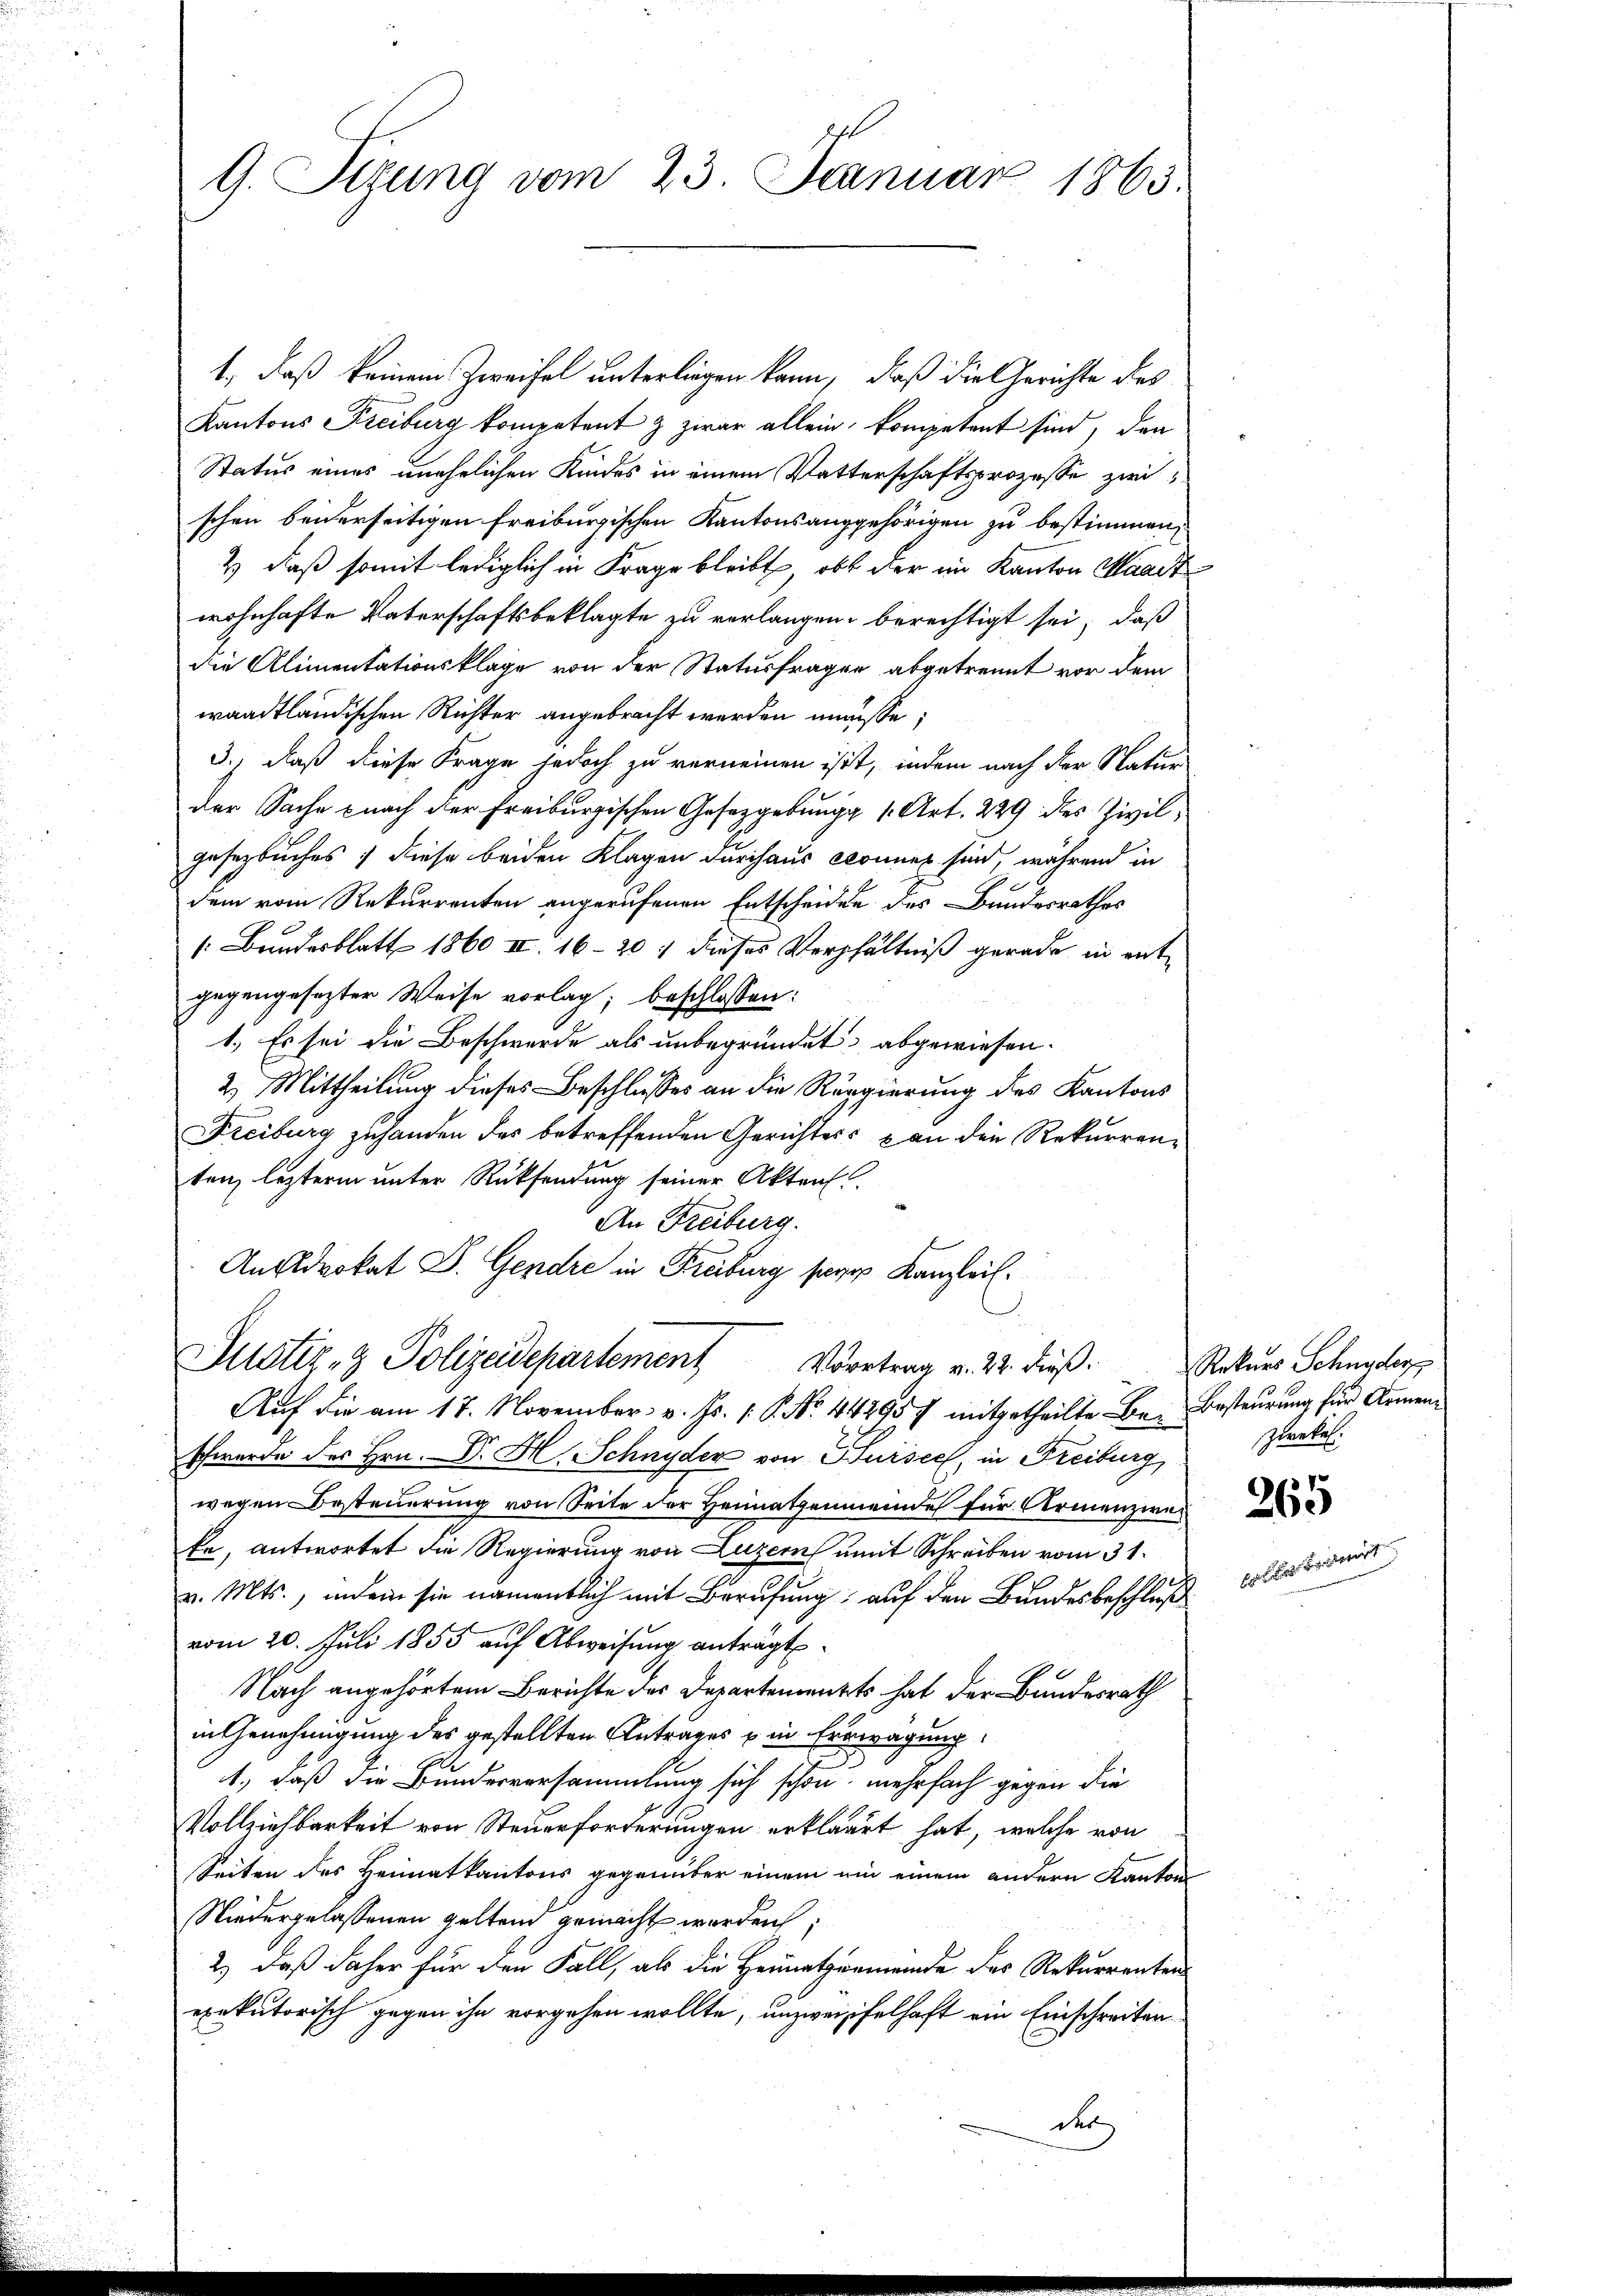
G. Sizung vom 23. Januar 1865.

1., daß keinem Zweifel unterliegen kann, daß die Gerichte des
Kantons Freiburg kompetent & zwar allein, kompetent sind, den
Status eines unehelichen Kindes in einem Vetterschaftsprozesse zwischen beiderseitigen Freiburgischen Kantonsanggehörigen zu bestimmen.
& daß somit lediglich in Frage bleibt, ob der im Kanton Waadt
wohnhafte Vaterschaftsbeklagte zu verlangen, berechtigt sei, daß
die Alimentationsklage von der Statusfragen abgetrennt vor dem
waadtländischen Richter angebracht werden müsse;
3., daß diese Frage jedoch zu verneinen ist, indem nach der Natur
der Sache nach der Freiburgischen Gesetzgebung 1. Art. 229 des Zivilgesetzbuches 7 diese beiden Klagen durchaus können sind, während in
dem vom Rekurrenten angerufenen Entscheiden des Bundesrathes
[Bundesblatt 1860 II. 16 - 20. dieses Verhältniß gerade in entgegengesezter Weise vorlag; beschlossen:
1.) Es sei die Beschwerde als unbegründet, abgewiesen.
2) Mittheilung dieses Beschlusses an die Regierung des Kantons
Freiburg zuhanden des betreffenden Gerichtes & an die Rekurrenten, leztere unter Rücksendung seiner Akten
An Freiburg.
Ansdrokat D. Gendre in Freiburg sage Kanzleil.
Justiz- & Polizeidepartement Vortrag v. 22. dieβ.  Rekurs Schnyder
Aŭf die am 17. November. v. Js. 1. No. 442957 mitgetheilte Be- Besteŭerŭng für Armen¬
Schwerde des Hrn. Dr. H. Schnyder von Sursee, in Freiburg, Zwekel
wegen Besteuerung von Seite der Heimathenmeinde für Vermenzwei
ke, antwortet die Regierung von Luzern mit Schreiben vom 31.
v. Mts., indem sie namentlich mit Berufung auf den Bundesbeschluß
vom 20. Juli 1855 auf Abweisung anträgt.
Nach angehörtem Berichte des Departement hat der Bundesrath
in Genehmigung des gestellten Antrages u in Erwägung
1., daß die Bundesversammlung sich schon mehrfach gegen die
Vollziehbarkeit von Steuerforderungen erkläret hat, welche von
Seiten des Heimatkantons gegenüber einem ein einem andern Kanton
Niedergelassenen geltend gemacht werden;
2.) Daß daher für den Fall, als die Heimathgemeinde des Rekurrenten
exekutorisch gegen ihn vorgehen wollte, unzweifelhaft ein Einschreiten
der

f
260
cletirend